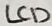
Text: LCD